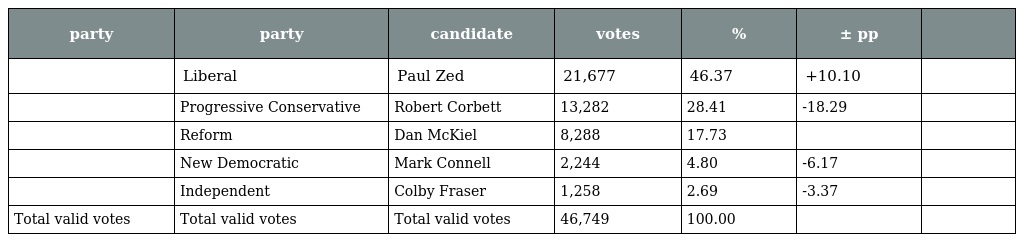
| party | party | candidate | votes | % | ± pp |  |
 | --- | --- | --- | --- | --- | --- | --- |
 |  | Liberal | Paul Zed | 21,677 | 46.37 | +10.10 |  |
 |  | Progressive Conservative | Robert Corbett | 13,282 | 28.41 | -18.29 |  |
 |  | Reform | Dan McKiel | 8,288 | 17.73 |  |  |
 |  | New Democratic | Mark Connell | 2,244 | 4.80 | -6.17 |  |
 |  | Independent | Colby Fraser | 1,258 | 2.69 | -3.37 |  |
 | Total valid votes | Total valid votes | Total valid votes | 46,749 | 100.00 |  |  |